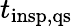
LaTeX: t_{\mathrm{insp,qs}}